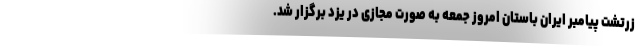
زرتشت پیامبر ایران باستان امروز جمعه به صورت مجازی در یزد برگزار شد.